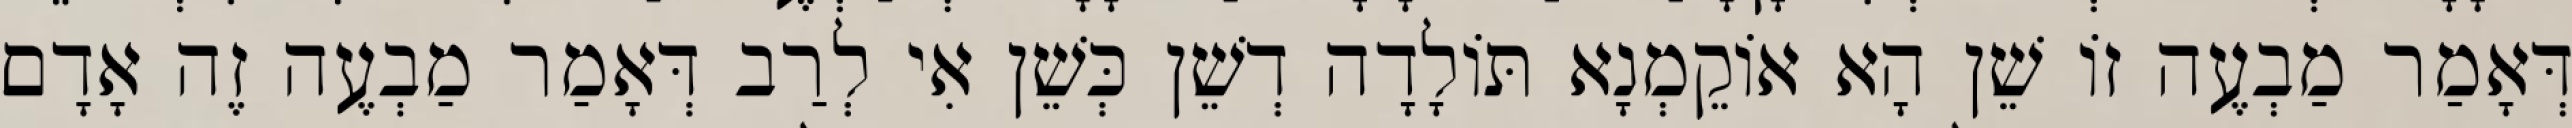
דְּאָמַר מַבְעֶה זוֹ שֵׁן הָא אוֹקֵמְנָא תּוֹלָדָה דְשֵׁן כְּשֵׁן אִי לְרַב דְּאָמַר מַבְעֶה זֶה אָדָם